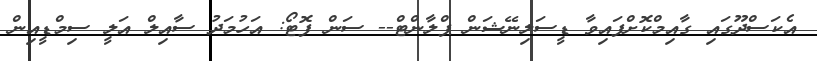
އެކަސްދޫގައި ގާއިމްކޮށްފައިވާ ޑީސަލިނޭޝަން ޕްލާންޓް-- ސަން ފޮޓޯ: އަހުމަދު ސާއިލް އަލީ ސިމްޑީއިން